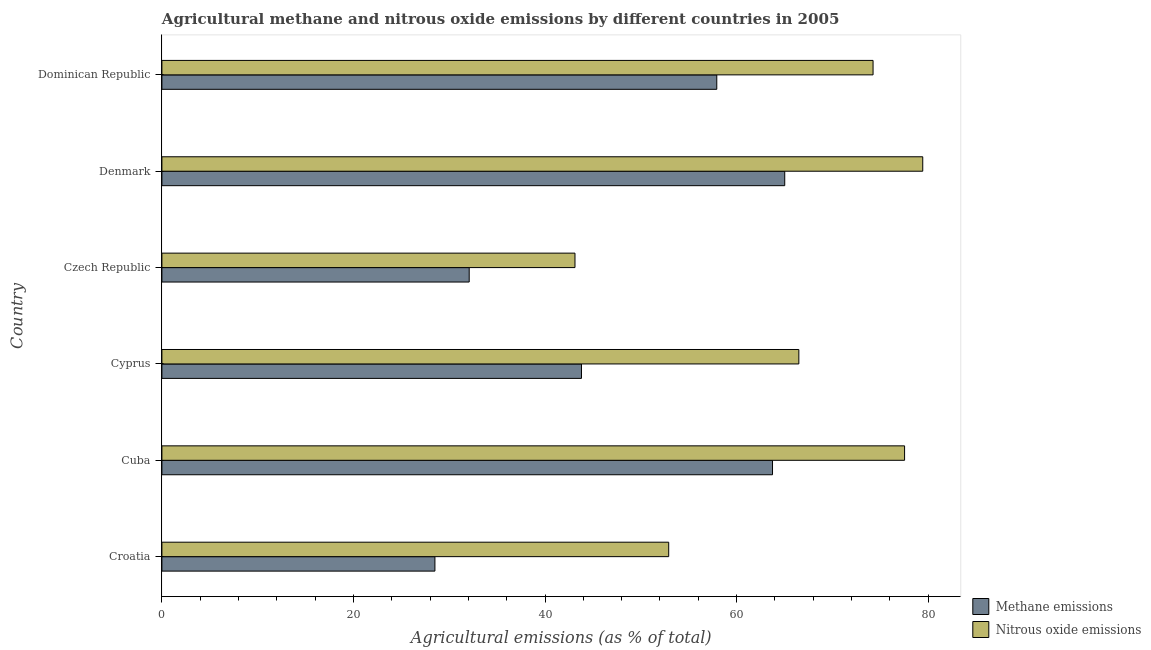
| Country | Methane emissions | Nitrous oxide emissions |
 | --- | --- | --- |
 | Croatia | 28.5 | 52.9 |
 | Cuba | 63.8 | 77.5 |
 | Cyprus | 43.8 | 66.5 |
 | Czech Republic | 32.1 | 43.1 |
 | Denmark | 65 | 79.4 |
 | Dominican Republic | 57.9 | 74.3 |